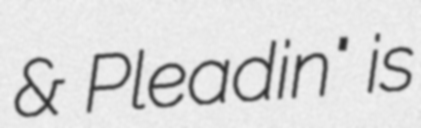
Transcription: & Pleadin" is